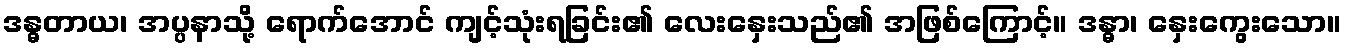
ဒန္ဓတာယ၊ အပ္ပနာသို့ ရောက်အောင် ကျင့်သုံးရခြင်း၏ လေးနှေးသည်၏ အဖြစ်ကြောင့်။ ဒန္ဓာ၊ နှေးကွေးသော။